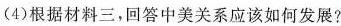
(4)根据材料三，回答中美关系应该如何发展?